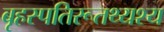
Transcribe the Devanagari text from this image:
बृहस्पतिरूतथ्यश्य